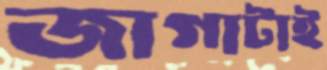
জাগাটাই